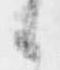
候